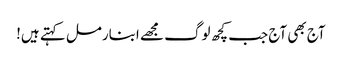
آج بھی آج جب کچھ لوگ مجھے ابنارمل کہتے ہیں!